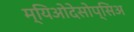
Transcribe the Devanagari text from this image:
म्यिओदेसोप्सिअ